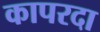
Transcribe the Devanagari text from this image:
कापरदा